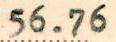
56.76